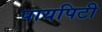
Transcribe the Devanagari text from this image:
पायपिटी